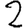
Digit: 2